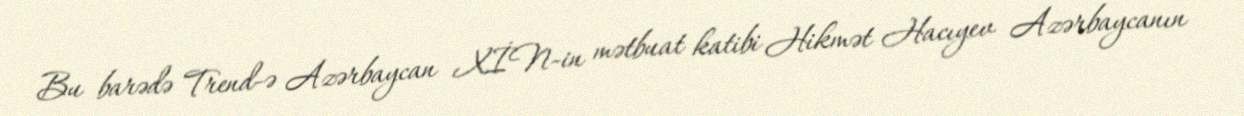
Bu barədə Trend-ə Azərbaycan XİN-in mətbuat katibi Hikmət Hacıyev Azərbaycanın